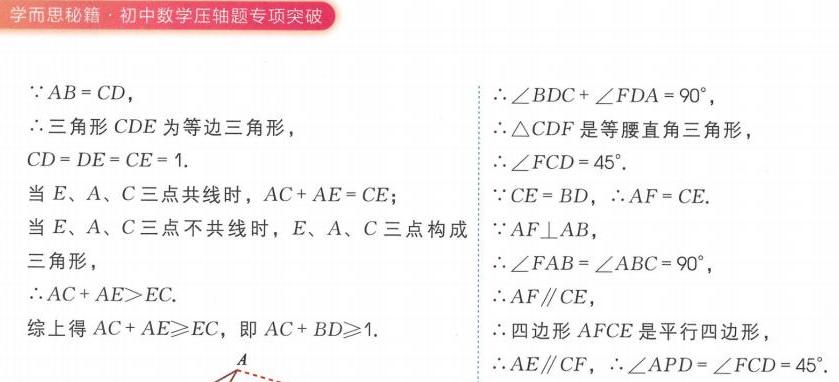
学而思秘籍·初中数学压轴题专项突破
$\because AB = CD$，
$\therefore$三角形$CDE$为等边三角形，
$CD = DE = CE = 1$.
当$E、A、C$三点共线时，$AC + AE = CE$；
当$E、A、C$三点不共线时，$E、A、C$三点构成
三角形，
$\therefore AC + AE>EC$.
综上得$AC + AE\geqslant EC$，即$AC + BD\geqslant1$.
$\because\angle BDC+\angle FDA = 90^{\circ}$，
$\therefore\triangle CDF$是等腰直角三角形，
$\therefore\angle FCD = 45^{\circ}$.
$\because CE = BD$，$\therefore AF = CE$.
$\because AF\perp AB$，
$\therefore\angle FAB=\angle ABC = 90^{\circ}$，
$\therefore AF\parallel CE$，
$\therefore$四边形$AFCE$是平行四边形，
$\therefore AE\parallel CF$，$\therefore\angle APD=\angle FCD = 45^{\circ}$.